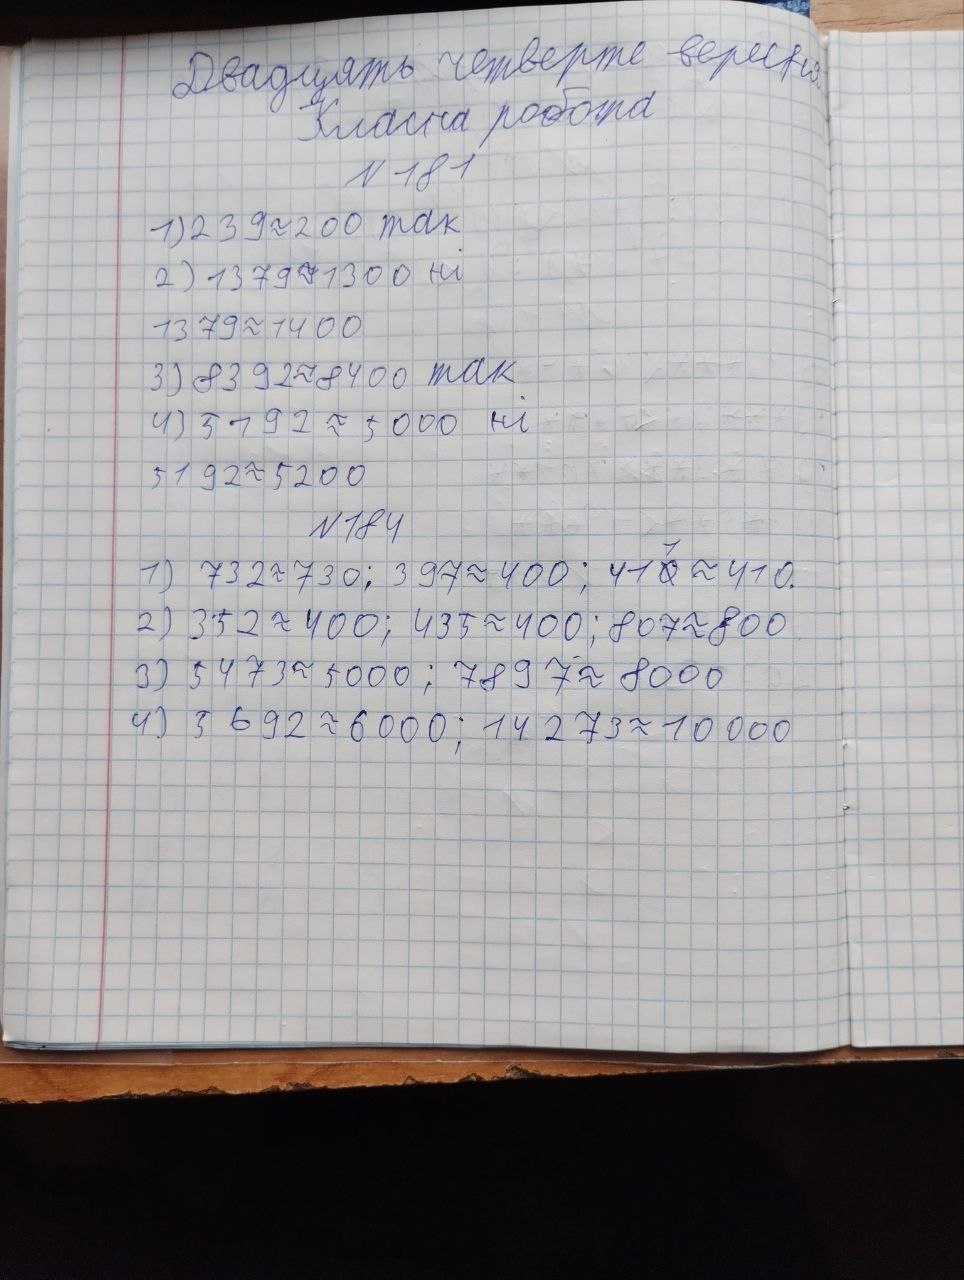
Двадцять четверте вересня
Класна робота
№ 181
1) 239 ≈ 200 так
2) 13 79 ≈ 1300 ні
1379 ≈ 1400
3) 8392 ≈ 8400 так
4) 51921≈ 5000 ні
5192 ≈ 5200
№ 184
1) 732 ≈ 730; 397 ≈ 400; 41~~0~~{1} ≈ 410.
2) 352 ≈ 400; 435 ≈ 400; 807 ≈ 800
3) 5473 ≈ 5000 ; 7897 ≈ 8000
4) 5 692 ≈ 6 000 ; 14 273 ≈ 10 000